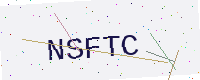
Text: NSFTC